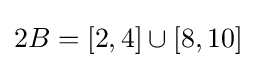
{\textstyle 2B=[2,4]\cup [8,10]}